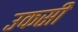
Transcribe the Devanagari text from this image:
उकसी